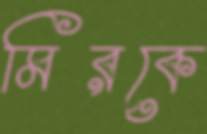
মিরকে